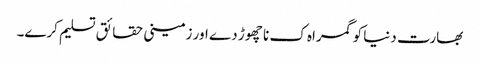
بھارت دنیا کو گمراہ ک نا چھوڑ دے اور زمینی حقائق تسلیم کرے۔